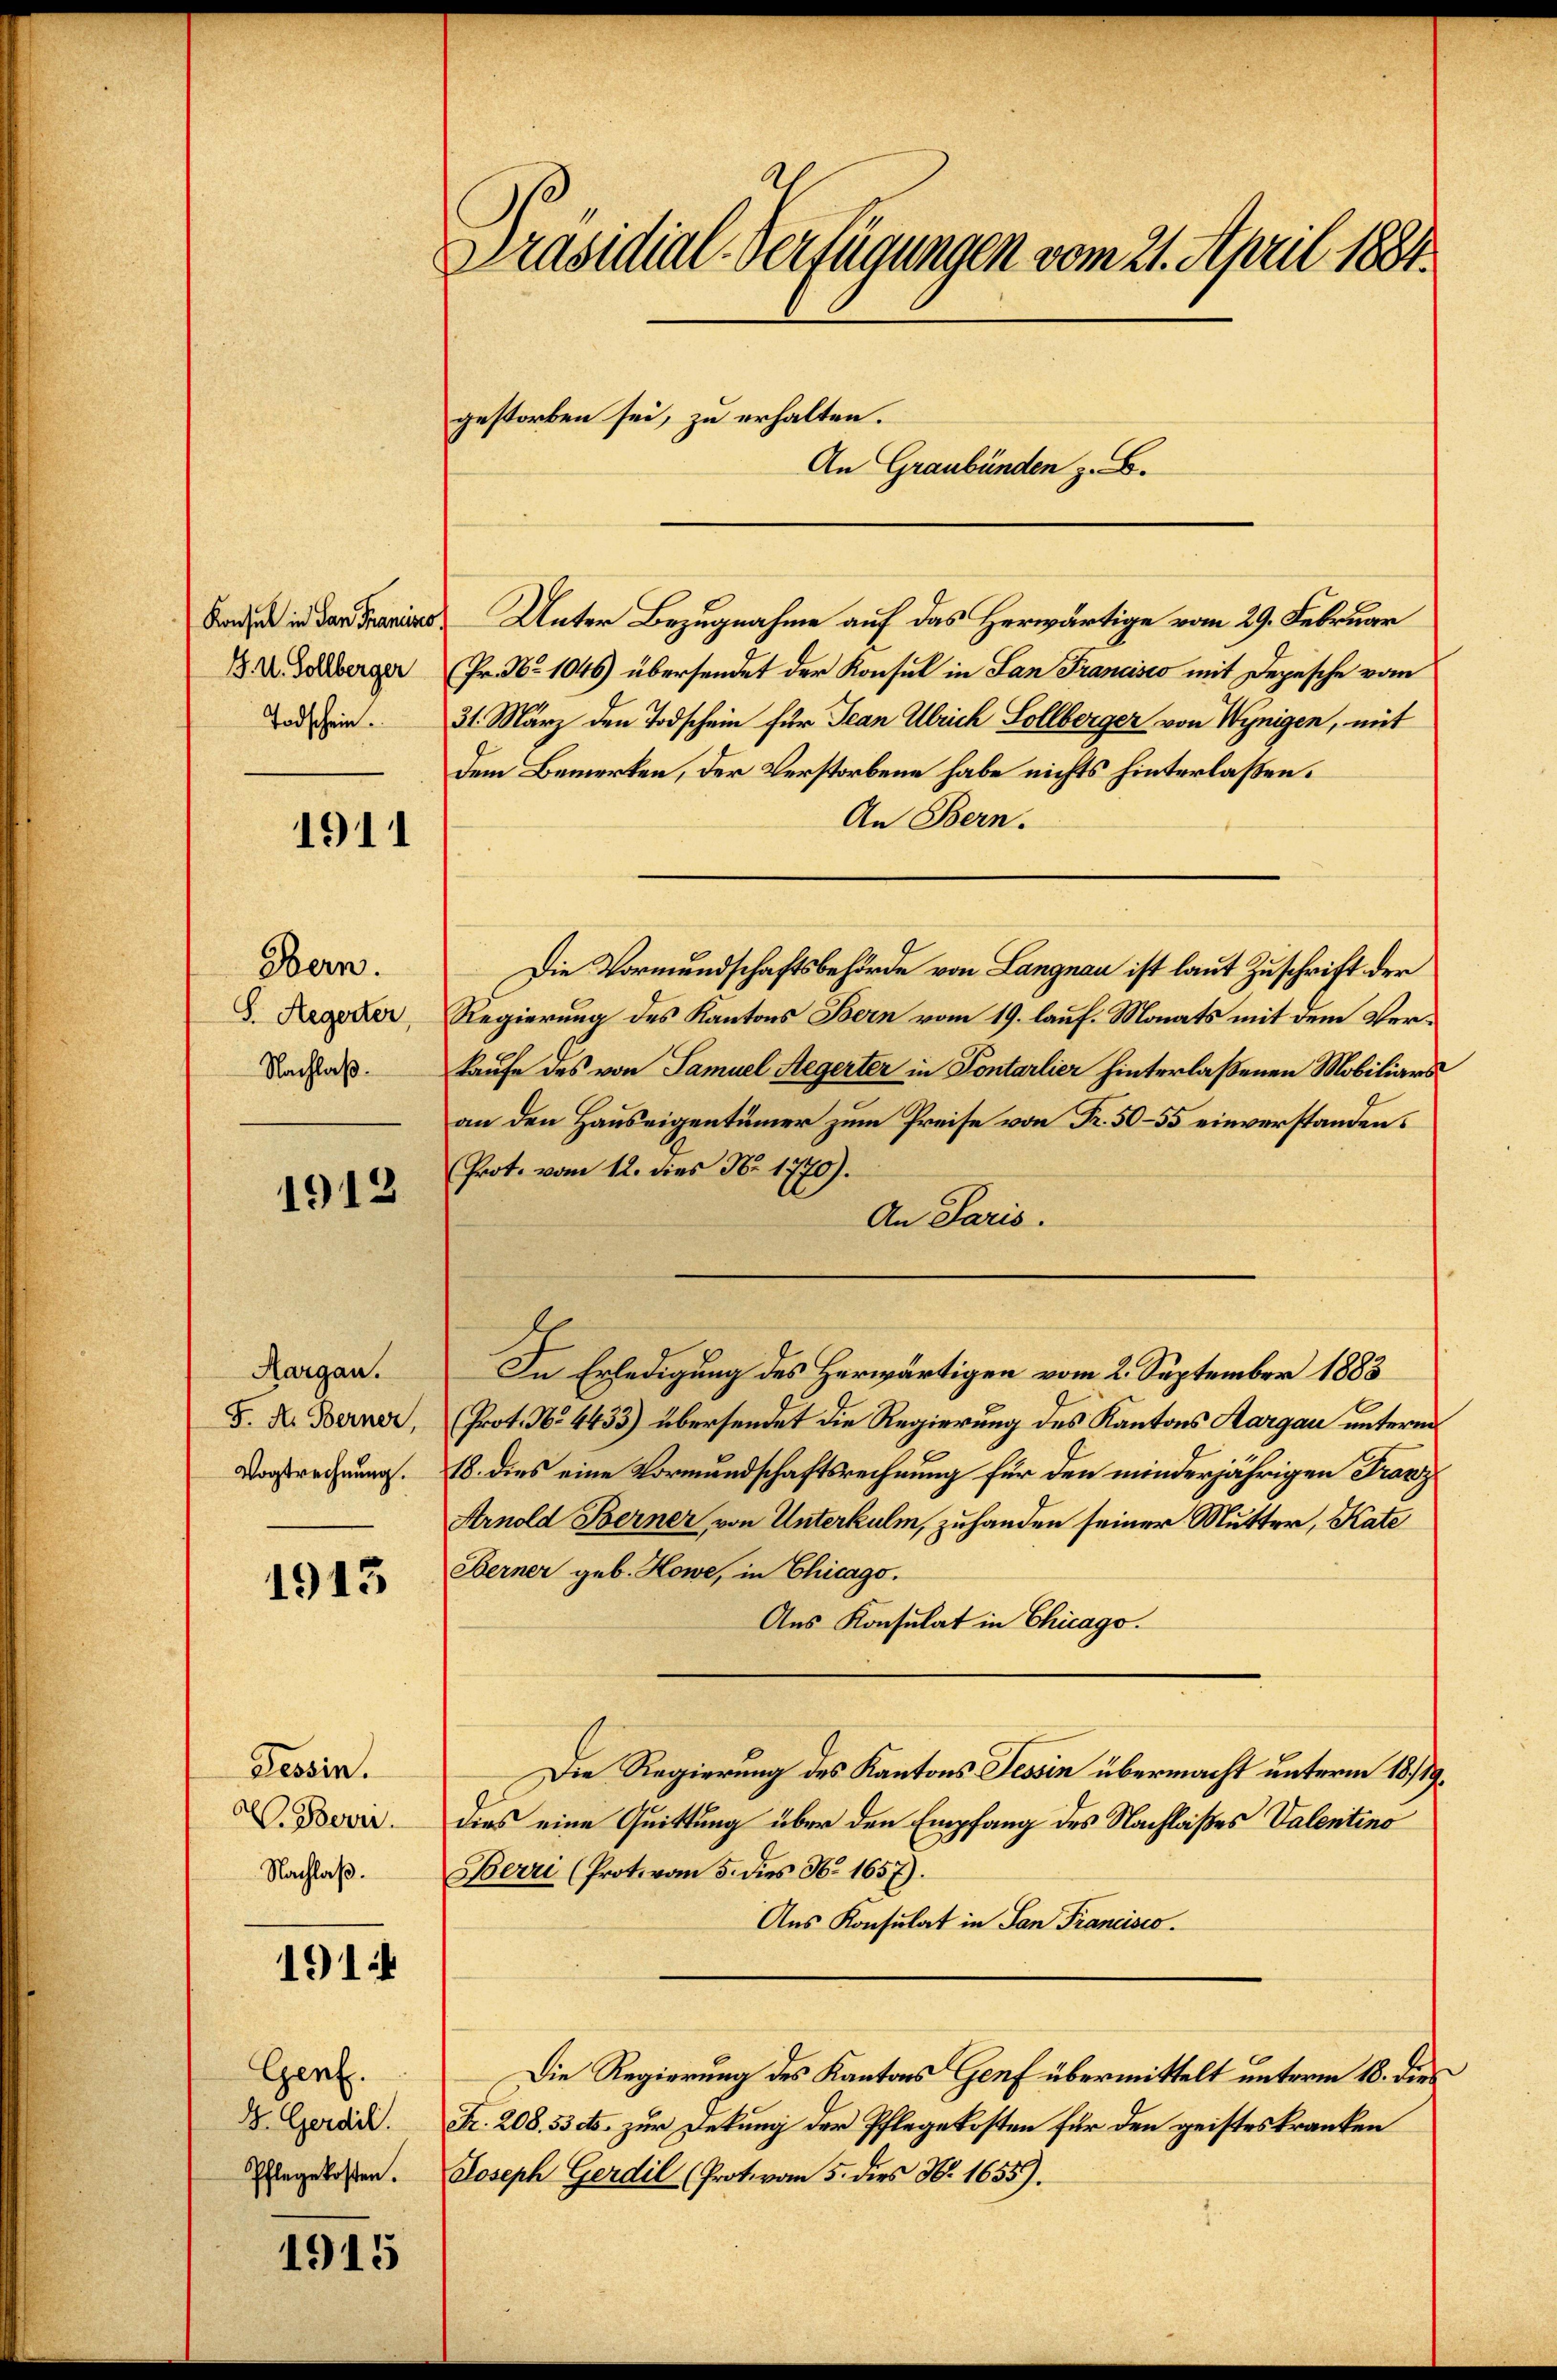
Konsul in San Francisio
B. 4. Sollberger
Todschein.

1911

Bern.
S. Aegerter,
Nachlaß.

1912

Aargau.
F. H. Berner,
Vogtrechnung.

1913

Tessin.
V. Bever
Nachlaß.

191.

Genf.
D. Gerdil.
Pflegekosten.

1915

Präsidial-Verfügungen vom 21. April 1881.
gestorben sei, zu erhalten.
An Graubünden z. B.

Unter Bezugnahme auf das Herwärtige vom 29. Februar
Fr. No 1046) übersendet der Konsul in San Francisco mit Depesche vom
31. März den Todschein für Jean Ulrich Sollberger von Wenigen, mit
dem Bemerken, der Verstorbene habe nichts hinterlaßen.
An Bern.
Die Vormundschaftsbehörde von Langnau ist laut Zuschrift der
Regierung des Kantons Bern vom 19. lauf. Monats mit dem Verkaufe des von Samuel Aegerter in Fontarlier hinterlaßenen Mobiliars
an den Hauseigentümer zum Preise von Fr. 50–55 einverstanden.
Prot. vom 12. dies No 1770).
An Paris.
In Erledigung des Herwärtigen vom 2. September 1883
(Prot. No 4433) übersendet die Regierung des Kantons Aargau unterm
18. dies eine Vormundschaftsrechnung für den minderjährigen Franz
Arnold Berner von Unterkulm, zuhanden seiner Mutter, Kate
Berner geb. Howe, in Chicago.
Aus Konsulat in Chicago.
Die Regierung des Kantons Tessin übermacht unterm 18./19.
dies eine Quittung über den Empfang des Nachlaßes Valentino
Berri (Prot. vom 5. dies No. 1657).
Aus Konsulat in San Francisco
Die Regierung des Kantons Genf übermittelt unterm 18. dies
Fr. 208. 53 cts. zur Dekung der Pflegekosten für den geistes kranken
Joseph Gerdil (Protovon 5. dies N. 1655).